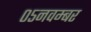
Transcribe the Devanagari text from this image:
०५नवम्बर